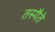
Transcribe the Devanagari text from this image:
तस्यैते